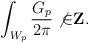
LaTeX: \begin{align*}\int_{W_p} { G_p \over 2 \pi} \not{\in} {\bf Z}.\end{align*}